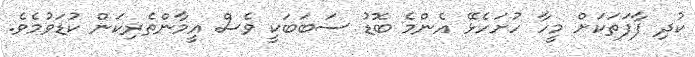
ކުދި ފާފަތަކަށް މީހާ ހުށަހެޅޭ އެންމެ ބޮޑު ސަބަބަކީ ވެސް އީމާންތެރިކަން ކުޑަވުމެވެ.